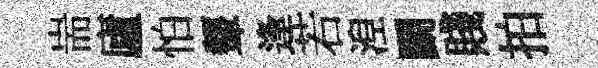
耑廬怕顰逢若湼鬬賤拍